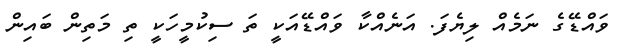
ވައްޑޭގެ ނަމެއް ލިޔެފަ. އަނެއްކާ ވައްޑޭއަކީ ތަ ސިކުމީހަކީ ތި މަތިން ބައިން